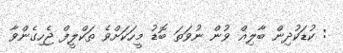
: ކުޑަކުދިން ބާލިޣް ވުން ނުވަތަ ބޮޑު މީހަކަށްވެ ތަކްލީފް ޖެހިގެންވާ